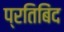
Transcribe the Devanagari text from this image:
प्रतिबिंद